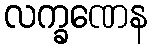
လက္ခဏေန